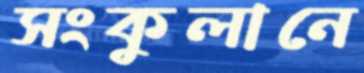
সংকুলানে